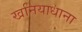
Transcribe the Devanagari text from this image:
खनियाधाना